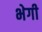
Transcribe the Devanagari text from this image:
भेगी